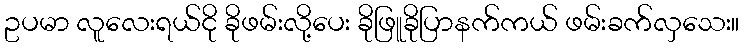
ဥပမာ လူလေးရယ်ငို ခိုဖမ်းလို့ပေး ခိုဖြူခိုပြာနက်ကယ် ဖမ်းခက်လှသေး။